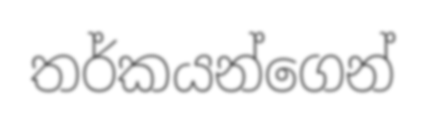
තර්කයන්ගෙන්